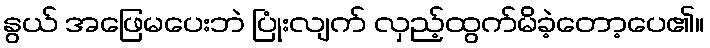
နွယ် အဖြေမပေးဘဲ ပြုံးလျက် လှည့်ထွက်မိခဲ့တော့ပေ၏။